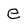
Character: e